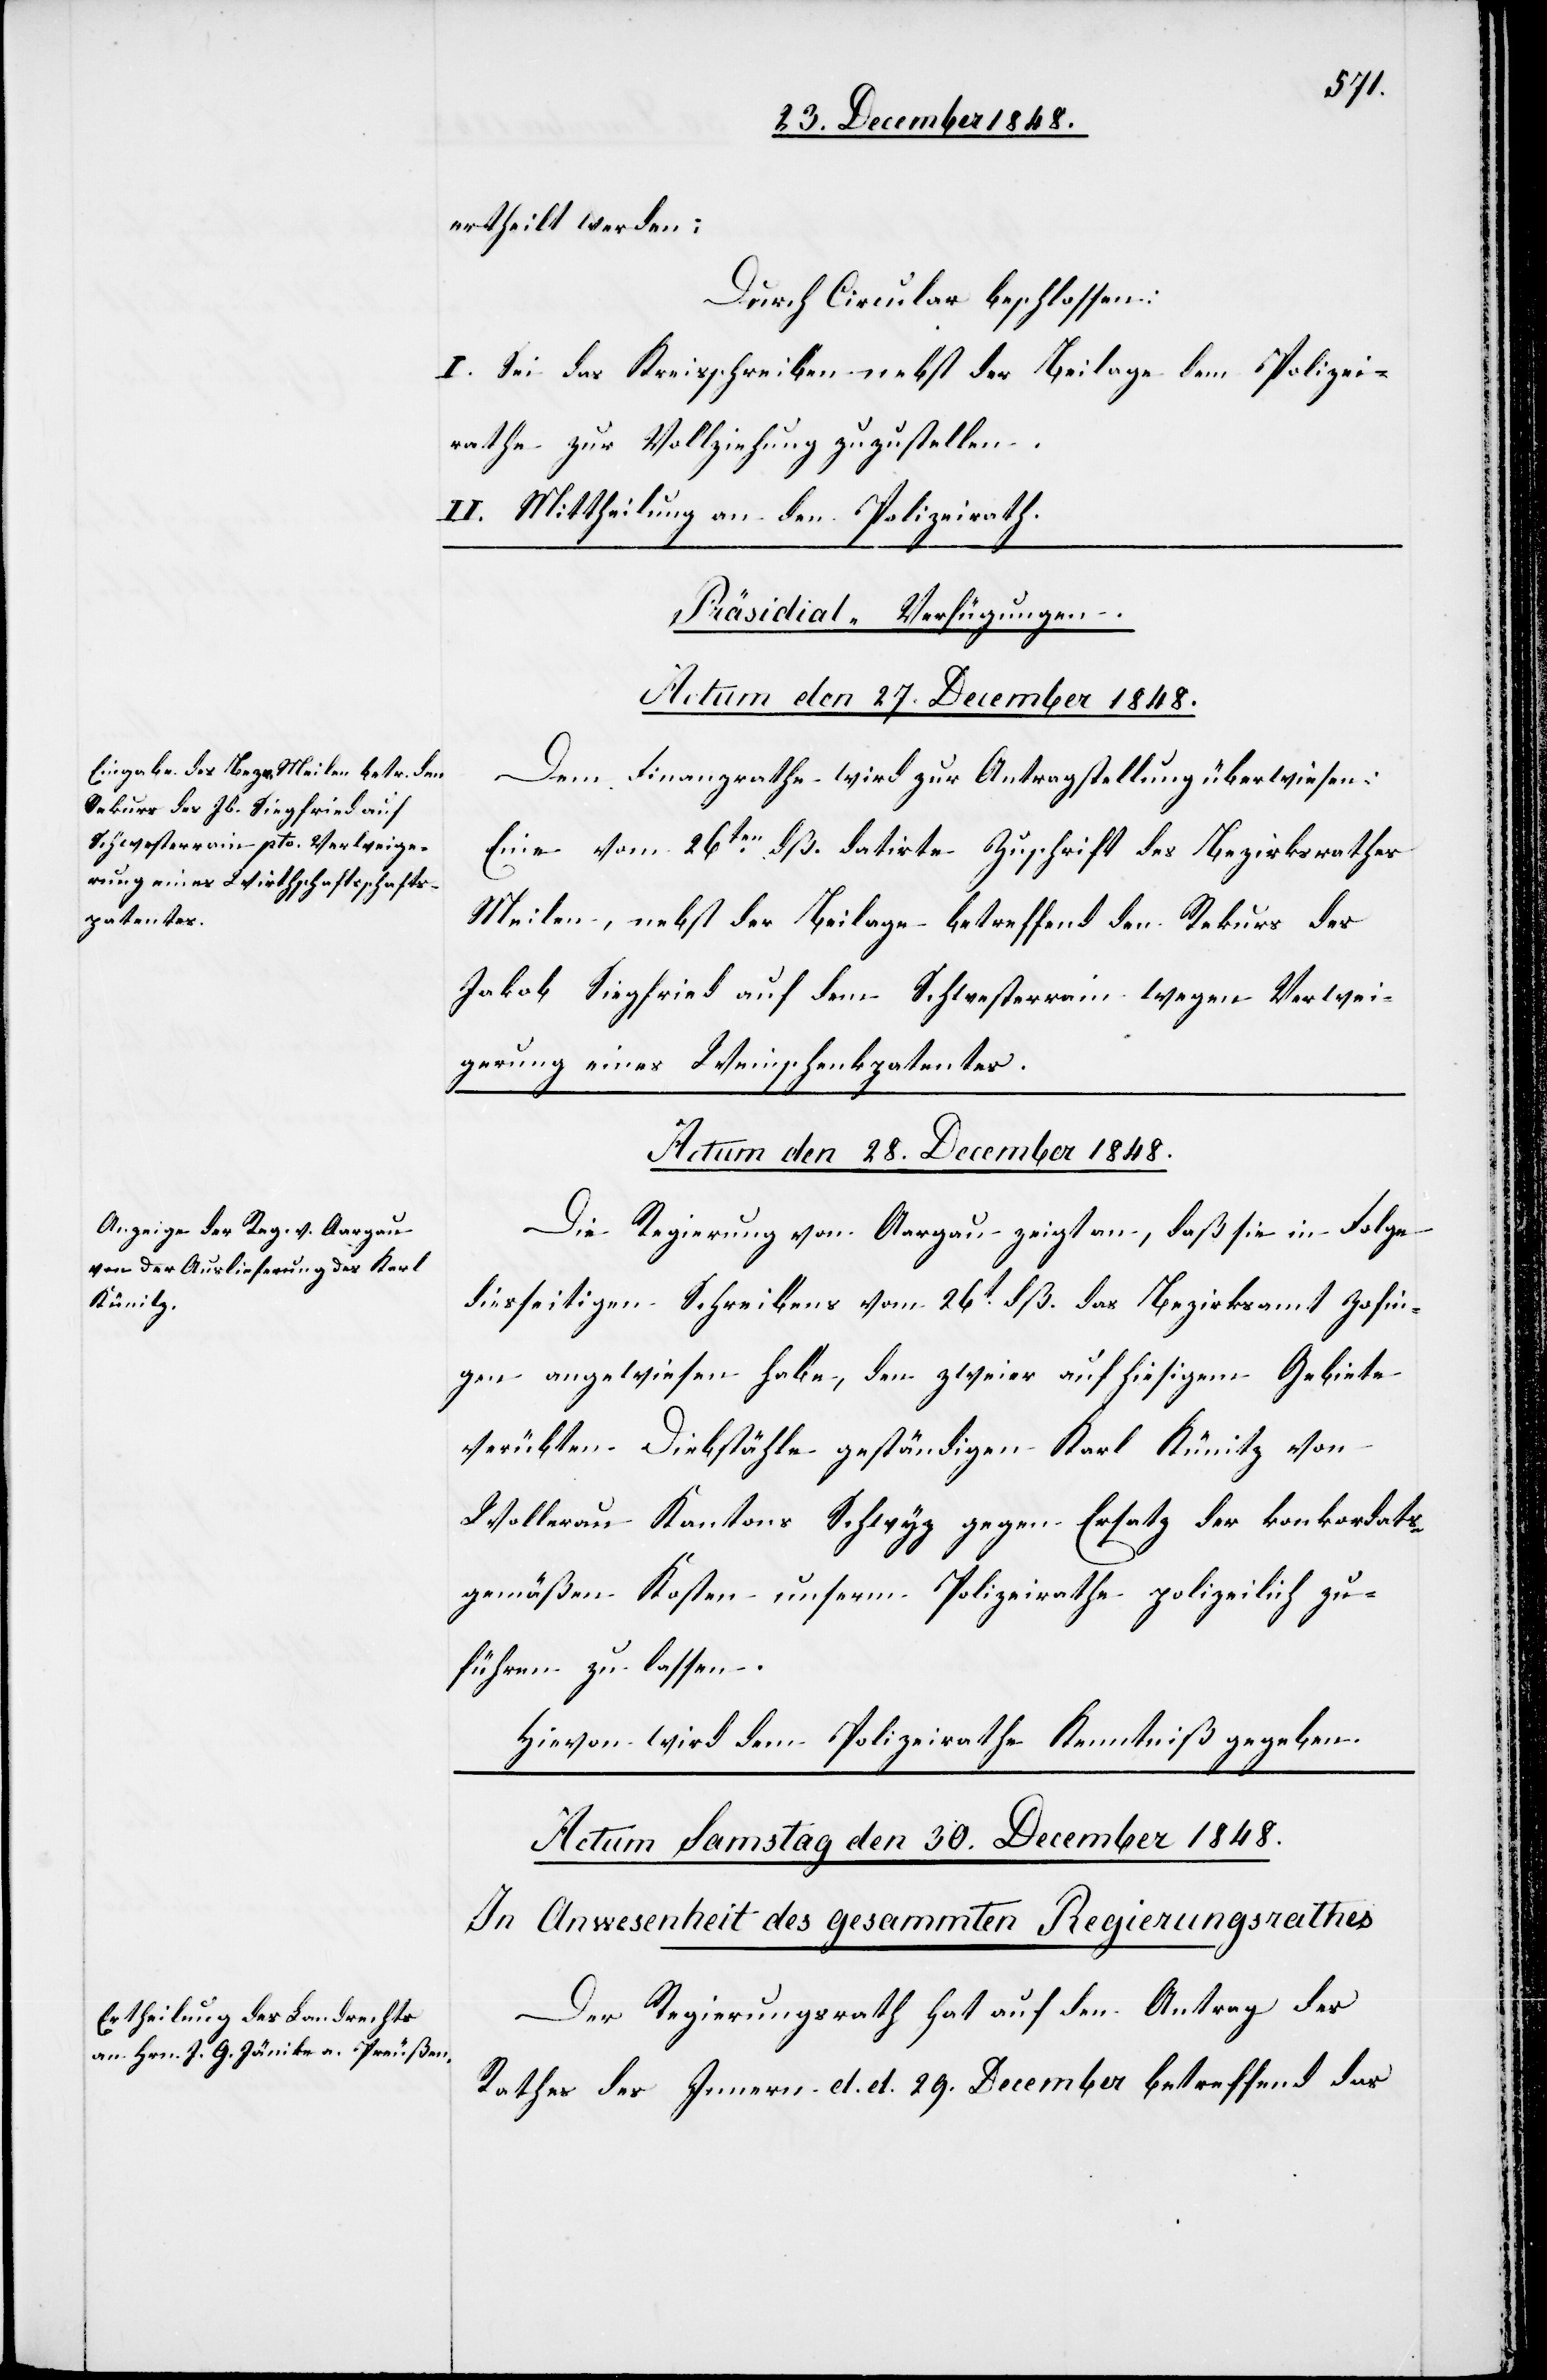
ertheilt werden;
Durch Circular beschlossen:
I. Sei das Kreisschreiben nebst der Beilage dem Polizei¬
rathe zur Vollziehung zuzustellen.
II. Mittheilung an den Polizeirath.
[Präsidial-Verfügungen.]
Actum den 27. December 1848.
Dem Finanzrathe wird zur Antragstellung überwiesen:
Eine vom 26ten dß. datirte Zuschrift des Bezirksrathes
Meilen, nebst der Beilage betreffend den Rekurs des
Jakob Siegfried auf dem Schwesterrain wegen Verwei¬
gerung eines Weinschenkpatentes.
Actum den 28t December 1848.
Die Regierung von Aargau zeigt an, daß sie in Folge
diesseitigen Schreibens vom 26t dß. das Bezirksamt Zofin¬
gen angewiesen habe, den zweier auf hiesigem Gebiete
verübten Diebstähle geständigen Karl Künitz von
Wollerau Kantons Schwyz gegen Ersatz der konkordats¬
gemäßen Kosten unserm Polizeirathe polizeilich zu¬
führen zu lassen.
Hievon wird dem Polizeirathe Kenntniß gegeben.
Der Regierungsrath hat auf den Antrag des
Rathes des Innern d. d. 29. December betreffend das